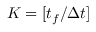
K = [ t _ { f } / \Delta t ]